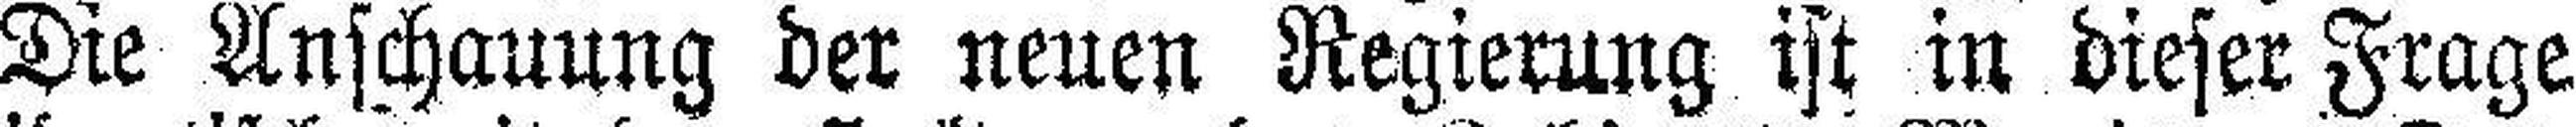
Die Anschauung der neuen Regierung ist in dieser Frage